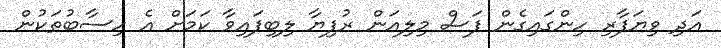
އަދި ވިޔަފާރި ހިންގައިގެން ފަސް މިލިއަން ރުފިޔާ ލިބިފައިވާ ކަމަށް އެ ހިސާބުތަކުން